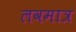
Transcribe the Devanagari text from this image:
लवमात्र